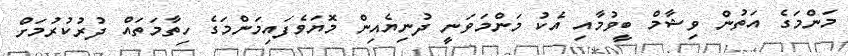
މަންމަގެ އަތުން ވިޝާމް ބީވުމާއި އެކު މަންމަވަނީ ދުނިޔެއިން މޮޔަވެފައިމަންމަގެ ހިތާމަތައް ދުރުކުރުމަށް